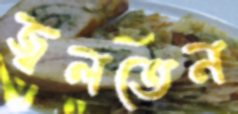
জ্বলতেন